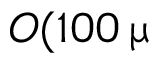
O ( 1 0 0 \, \upmu